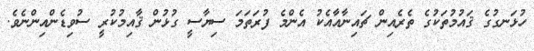
ހުޅަނގުގެ ޤައުމުތަކުގެ ތެރެއިިން ޗައިނާއާއެކު އެންމެ ފުރަތަމަ ސިޔާސީ ގުޅުން ޤާއިމުކުރީ ސުވިޑެންއިންނެވެ.